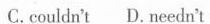
C. couldn't D.needn't